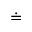
\doteq